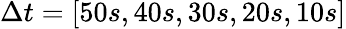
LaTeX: \Delta t=[50s,40s,30s,20s,10s]